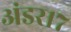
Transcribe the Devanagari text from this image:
अंडर१७